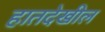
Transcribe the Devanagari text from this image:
हातदेखील